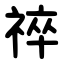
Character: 祽